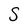
Character: S